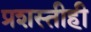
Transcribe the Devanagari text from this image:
प्रशस्तीही